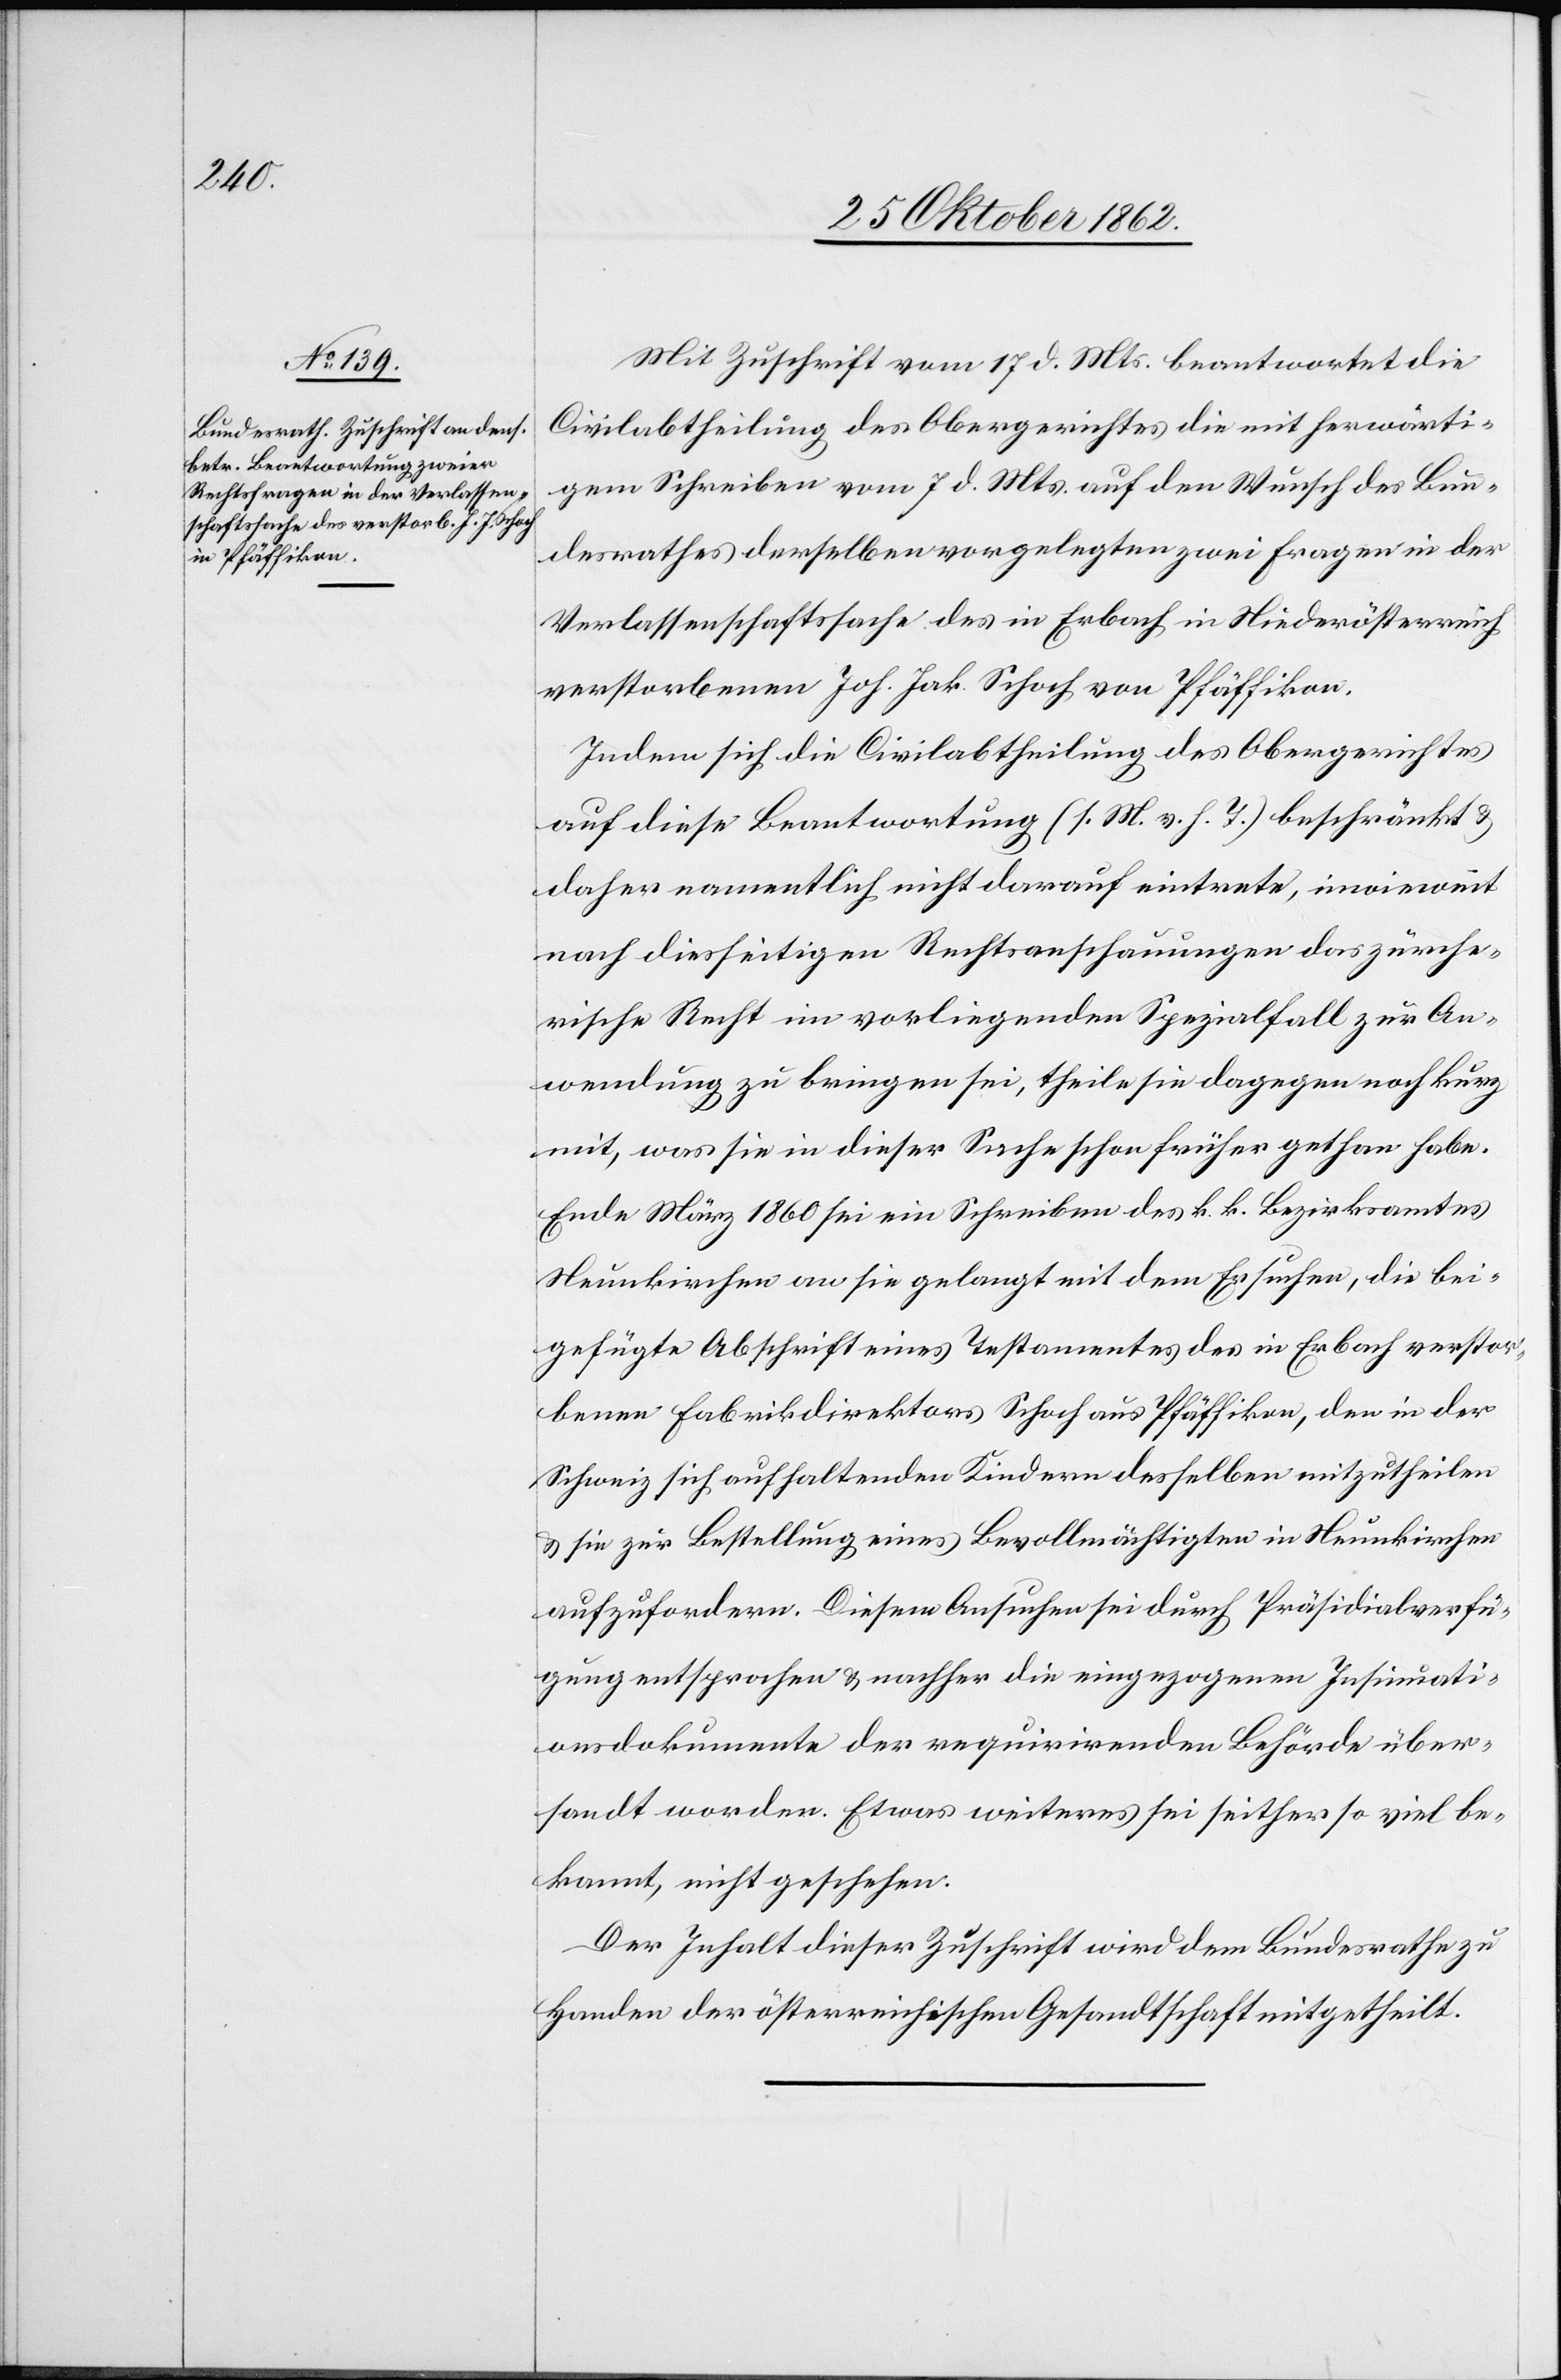
Mit Zuschrift vom 17. d. Mts. beantwortet die
Civilabtheilung des Obergerichtes die mit herwärti¬
gem Schreiben vom 7. d. Mts. auf den Wunsch des Bun¬
desrathes derselben vorgelegten zwei Fragen in der
Verlassenschaftssache des in Erbach in Niederösterreich
verstorbenen Joh. Jak. Schoch von Pfäffikon.
Indem sich die Civilabtheilung des Obergerichtes
auf diese Beantwortung (s. M. v. h. T.) beschränkt u.
daher namentlich nicht darauf eintrete, inwieweit
nach diesseitigen Rechtsanschauungen das zürche¬
rische Recht im vorliegenden Spezialfall zur An¬
wendung zu bringen sei, theile sie dagegen noch kurz
mit, was sie in dieser Sache schon früher gethan habe.
Ende März 1860 sei ein Schreiben des k. k. Bezirksamtes
Neunkirchen an sie gelangt mit dem Ersuchen, die bei¬
gefügte Abschrift eines Testamentes des in Erbach verstor¬
benen Fabrikdirektors Schoch aus Pfäffikon, den in der
Schweiz sich aufhaltenden Kindern desselben mitzutheilen
u. sie zur Bestellung eines Bevollmächtigten in Neunkirchen
aufzufordern. Diesem Ansuchen sei durch Präsidialverfü¬
gung entsprochen u. nachher die eingezogenen Insinuati¬
onsdokumente der requirirenden Behörde über¬
sandt worden. Etwas weiteres sei seither so viel be¬
kannt, nicht geschehen.
Der Inhalt dieser Zuschrift wird den Bundesrathe zu
Handen der österreichischen Gesandtschaft mitgetheilt.